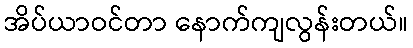
အိပ်ယာဝင်တာ နောက်ကျလွန်းတယ်။